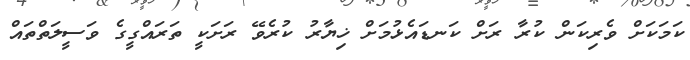
ކަމަކަށް ވެރިކަން ކުރާ ރަށް ކަނޑައެޅުމަށް ޚިޔާރު ކުރެވޭ ރަށަކީ ތަރައްގީގެ ވަސީލަތްތައް